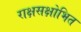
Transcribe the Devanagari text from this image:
राक्षसक्षोभित